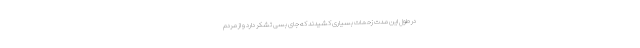
در طول این مدت زحمات بسیاری کشیدند که جای بسی تشکر دارد و از مردم